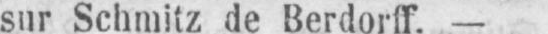
sur Schmitz de Berdorff. -